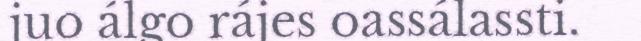
juo álgo rájes oassálassti.